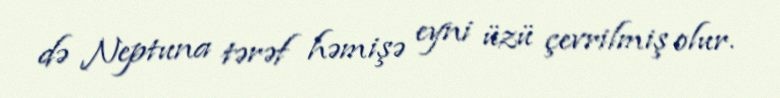
də Neptuna tərəf həmişə eyni üzü çevrilmiş olur.